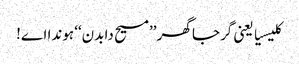
کلیسیا یعنی گرجا گھر ’’مسیح دا بدن‘‘ ہوندا اے!